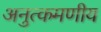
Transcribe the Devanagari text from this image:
अनुत्कमणीय